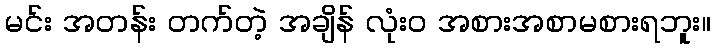
မင်း အတန်း တက်တဲ့ အချိန် လုံးဝ အစားအစာမစားရဘူး။